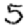
Digit: 5